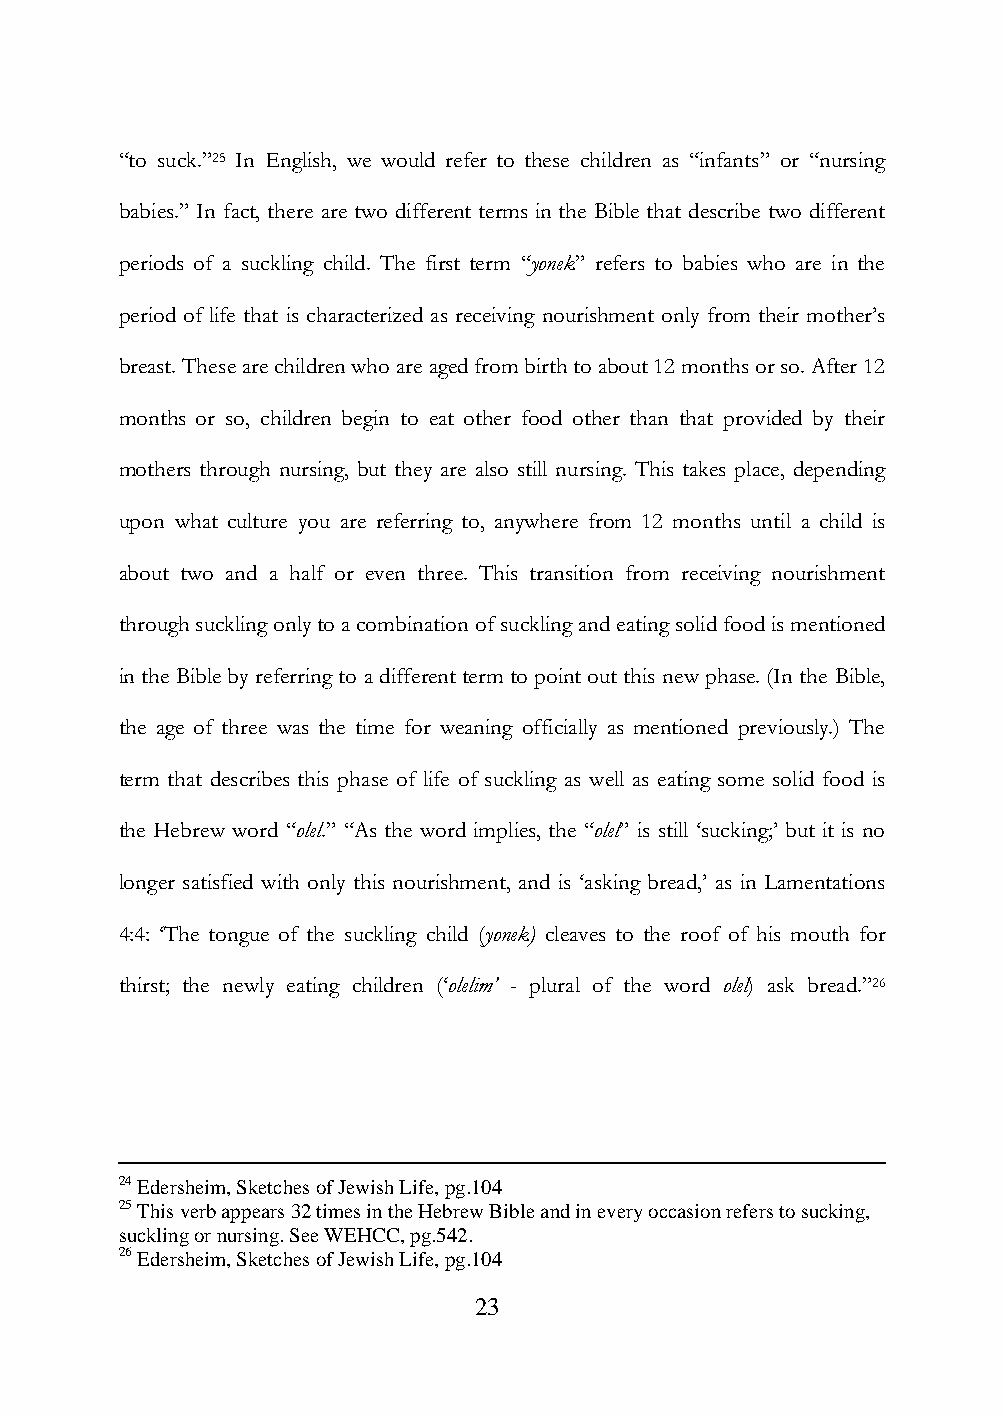
“to suck.”25 In English, we would refer to these children as “infants” or “nursing
 babies.” In fact, there are two different terms in the Bible that describe two different
 periods of a suckling child. The first term “yonek” refers to babies who are in the
 period of life that is characterized as receiving nourishment only from their mother‟s
 breast. These are children who are aged from birth to about 12 months or so. After 12
 months or so, children begin to eat other food other than that provided by their
 mothers through nursing, but they are also still nursing. This takes place, depending
 upon what culture you are referring to, anywhere from 12 months until a child is
 about two and a half or even three. This transition from receiving nourishment
 through suckling only to a combination of suckling and eating solid food is mentioned
 in the Bible by referring to a different term to point out this new phase. (In the Bible,
 the age of three was the time for weaning officially as mentioned previously.) The
 term that describes this phase of life of suckling as well as eating some solid food is
 the Hebrew word “olel.” “As the word implies, the “olel” is still „sucking;‟ but it is no
 longer satisfied with only this nourishment, and is „asking bread,‟ as in Lamentations
 4:4: „The tongue of the suckling child (yonek) cleaves to the roof of his mouth for
 thirst; the newly eating children („olelim’ - plural of the word olel) ask bread.”26
 24 Edersheim, Sketches of Jewish Life, pg.104
 25 This verb appears 32 times in the Hebrew Bible and in every occasion refers to sucking,
 suckling or nursing. See WEHCC, pg.542.
 26 Edersheim, Sketches of Jewish Life, pg.104
 23